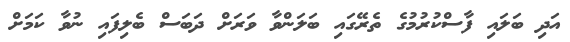
އަދި ބަލައި ފާސްކުރުމުގެ ތެރޭގައި ބަލަންވާ ވަރަށް ދަބަސް ބެލިފައި ނުވާ ކަމަށް